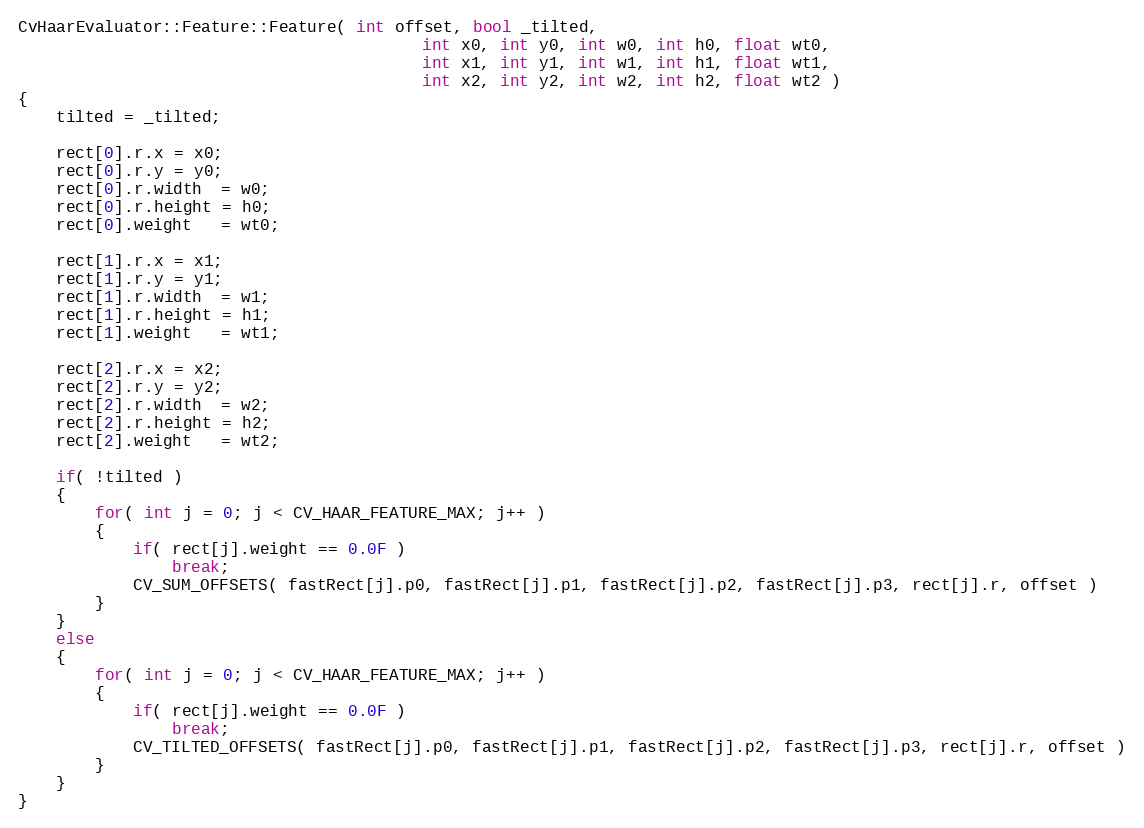
Language: C++
CvHaarEvaluator::Feature::Feature( int offset, bool _tilted,
                                          int x0, int y0, int w0, int h0, float wt0,
                                          int x1, int y1, int w1, int h1, float wt1,
                                          int x2, int y2, int w2, int h2, float wt2 )
{
    tilted = _tilted;

    rect[0].r.x = x0;
    rect[0].r.y = y0;
    rect[0].r.width  = w0;
    rect[0].r.height = h0;
    rect[0].weight   = wt0;

    rect[1].r.x = x1;
    rect[1].r.y = y1;
    rect[1].r.width  = w1;
    rect[1].r.height = h1;
    rect[1].weight   = wt1;

    rect[2].r.x = x2;
    rect[2].r.y = y2;
    rect[2].r.width  = w2;
    rect[2].r.height = h2;
    rect[2].weight   = wt2;

    if( !tilted )
    {
        for( int j = 0; j < CV_HAAR_FEATURE_MAX; j++ )
        {
            if( rect[j].weight == 0.0F )
                break;
            CV_SUM_OFFSETS( fastRect[j].p0, fastRect[j].p1, fastRect[j].p2, fastRect[j].p3, rect[j].r, offset )
        }
    }
    else
    {
        for( int j = 0; j < CV_HAAR_FEATURE_MAX; j++ )
        {
            if( rect[j].weight == 0.0F )
                break;
            CV_TILTED_OFFSETS( fastRect[j].p0, fastRect[j].p1, fastRect[j].p2, fastRect[j].p3, rect[j].r, offset )
        }
    }
}